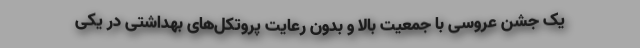
یک جشن عروسی با جمعیت بالا و بدون رعایت پروتکل‌های بهداشتی در یکی